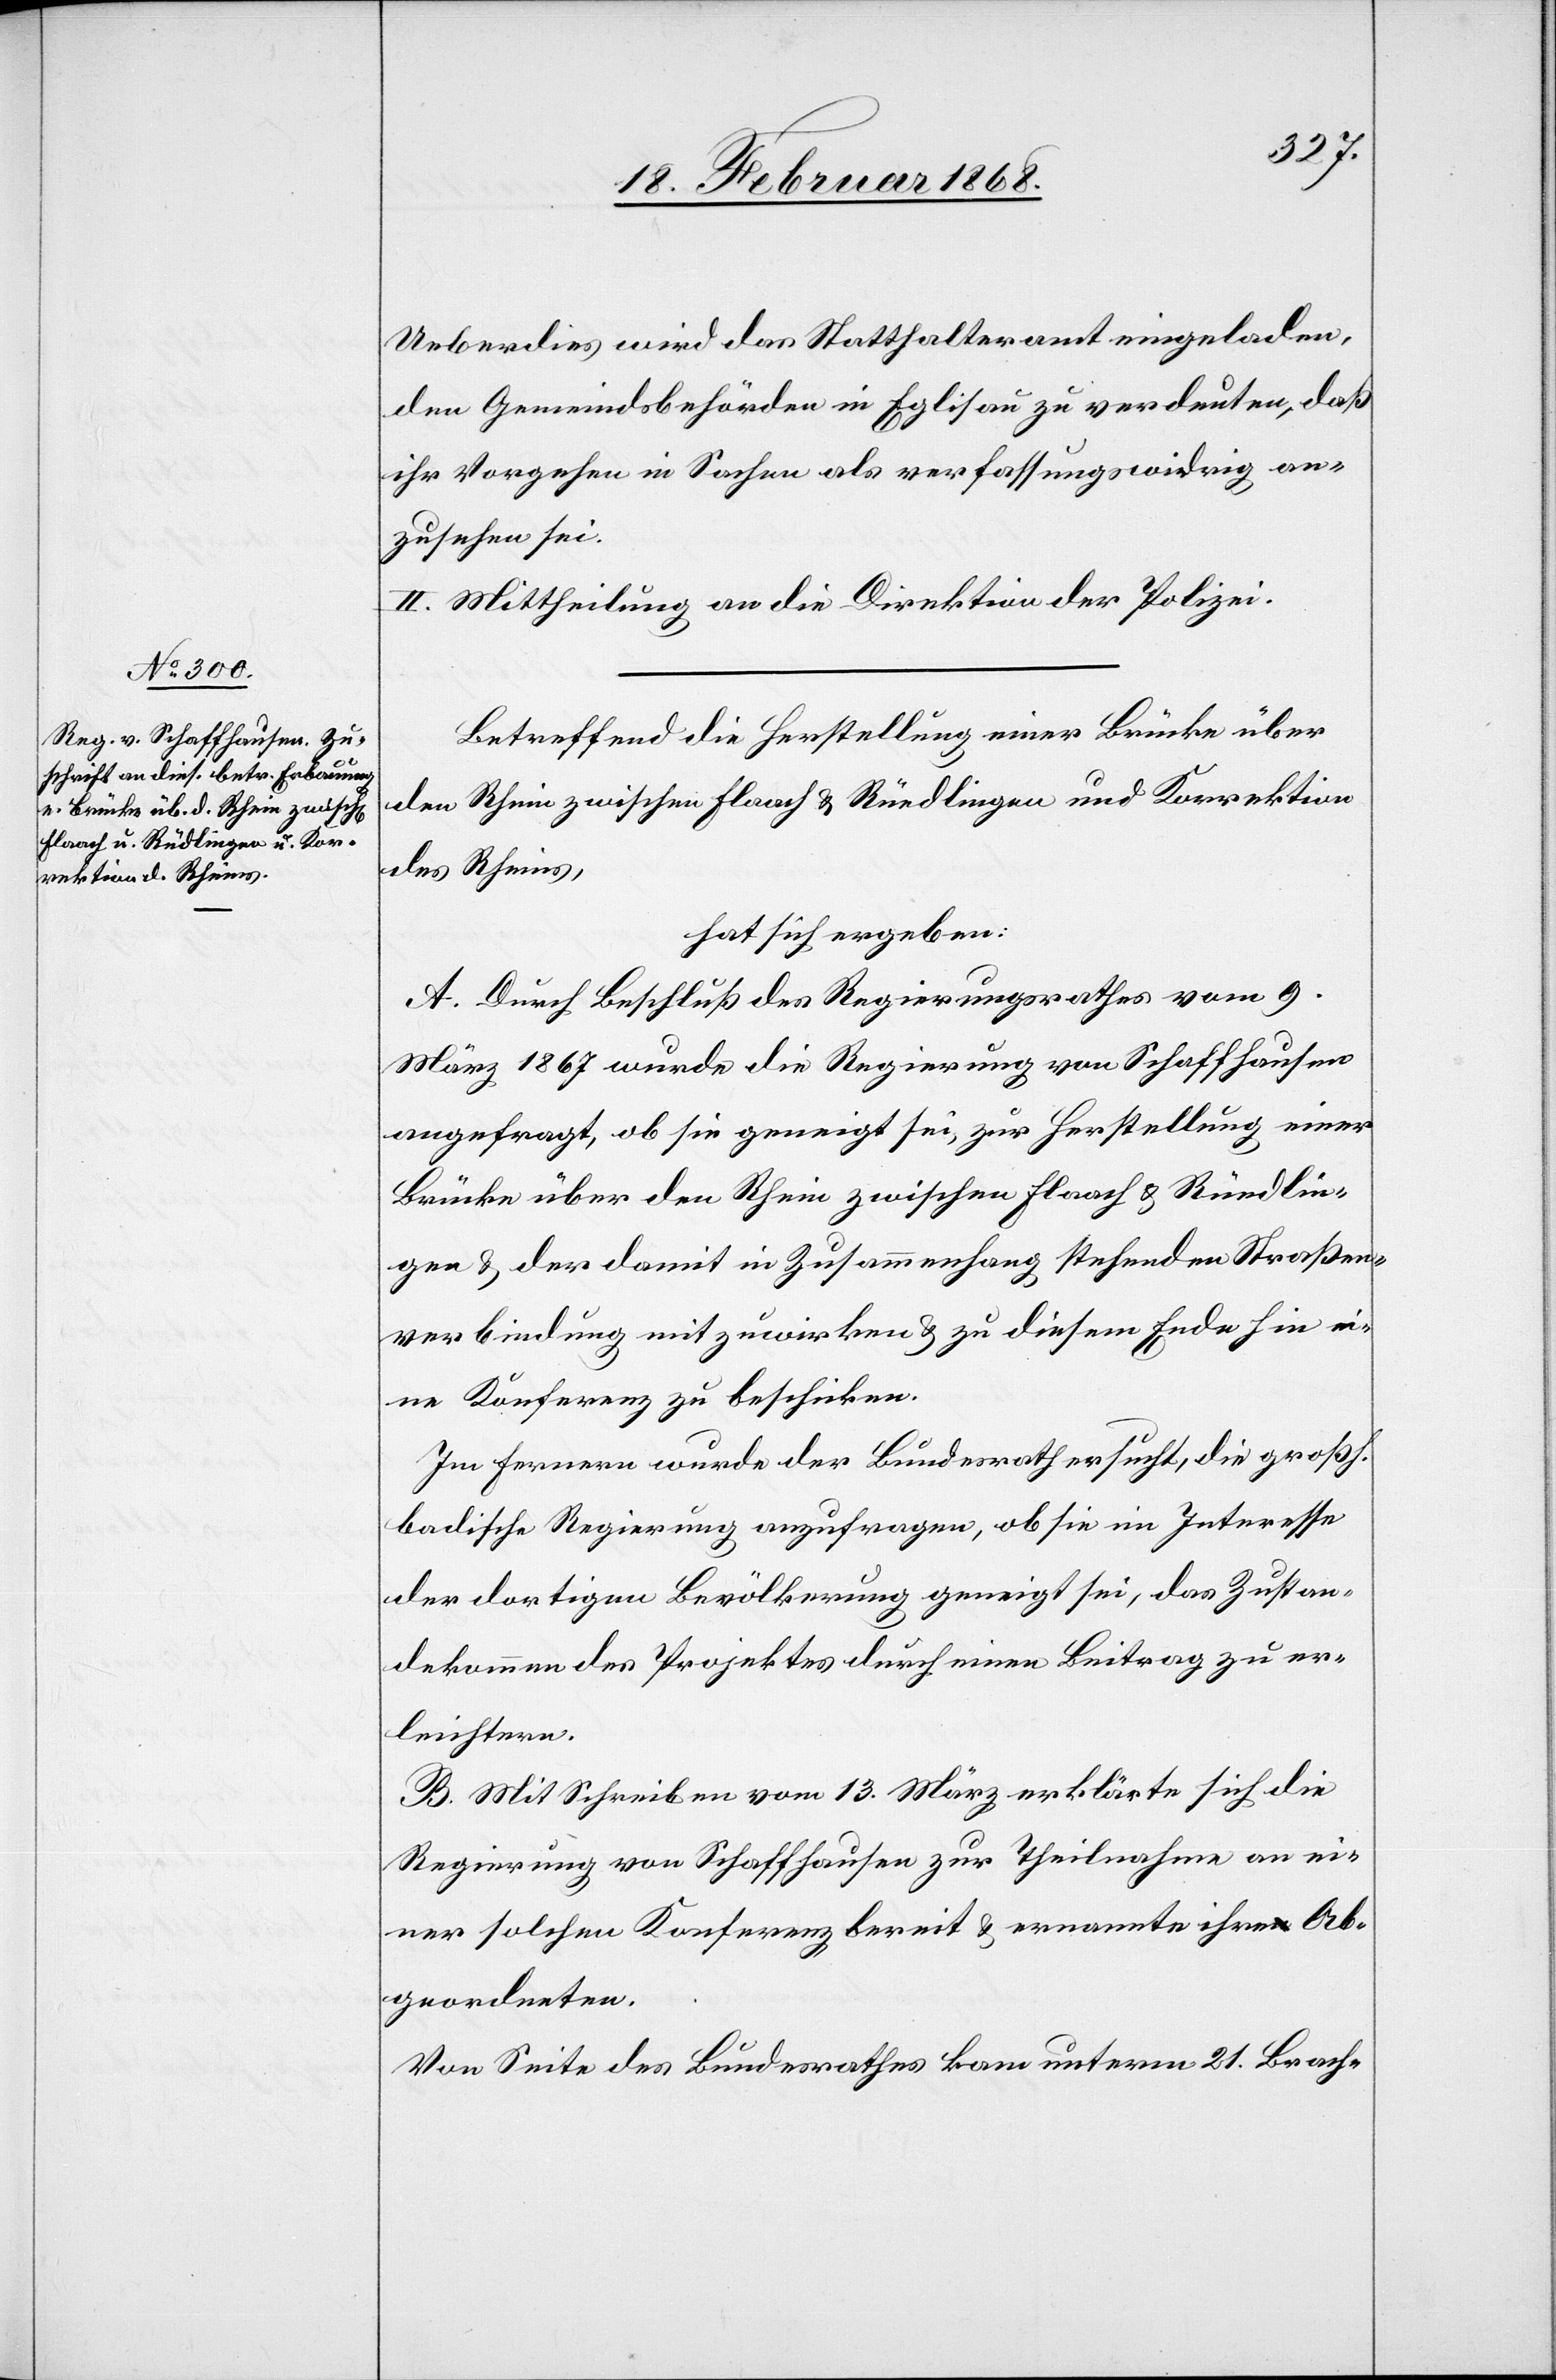
Ueberdies wird das Statthalteramt eingeladen,
den Gemeindsbehörden in Eglisau zu verdeuten, daß
ihr Vorgehen in Sachen als verfassungswidrig an¬
zusehen sei.
II. Mittheilung an die Direktion der Polizei.
Betreffend die Herstellung einer Brücke über
den Rhein zwischen Flaach & Rüedlingen und Korrektion
des Rheins,
hat sich ergeben:
A. Durch Beschluß des Regierungsrathes vom 9.
März 1867 wurde die Regierung von Schaffhausen
angefragt, ob sie geneigt sei, zur Herstellung einer
Brücke über den Rhein zwischen Flaach & Rüedlin¬
gen & der damit in Zusammenhang stehenden Straßen¬
verbindung mitzuwirken & zu diesem Ende hin ei¬
ne Konferenz zu beschicken.
Im Fernern wurde der Bundesrath ersucht, die großh.
badische Regierung anzufragen, ob sie im Interesse
der dortigen Bevölkerung geneigt sei, das Zustan¬
dekommen des Projektes durch einen Beitrag zu er¬
leichtern.
B. Mit Schreiben vom 13. März erklärte sich die
Regierung von Schaffhausen zur Theilnahme an ei¬
ner solchen Konferenz bereit & ernannte ihre Ab¬
geordneten.
Von Seite des Bundesrathes kam unterm 21. Brach-